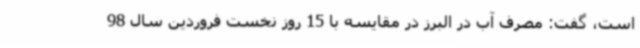
است، گفت: مصرف آب در البرز در مقایسه با 15 روز نخست فروردین سال 98